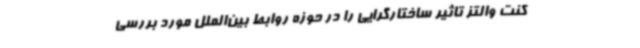
کنت والتز تاثیر ساختارگرایی را در حوزه روابط بین‌الملل مورد بررسی